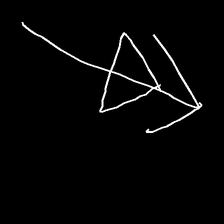
Glyph: pull